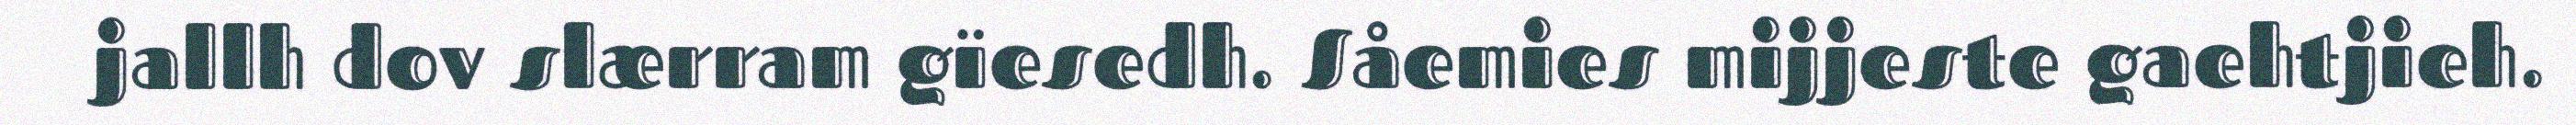
jallh dov slærram gïesedh. Såemies mijjeste gaehtjieh.